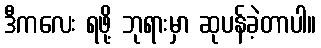
ဒီကလေး ရဖို့ ဘုရားမှာ ဆုပန်ခဲ့တာပါ။